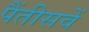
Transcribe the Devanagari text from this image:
पैंतीसवें